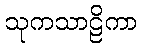
သုကသာဠိကာ